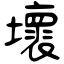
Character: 壞